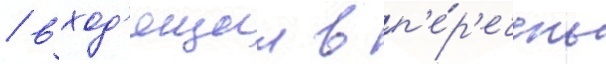
/ вход'ящии в п'е́р'ечень